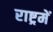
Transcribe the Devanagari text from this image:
राष्ट्रमें